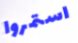
استمروا